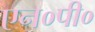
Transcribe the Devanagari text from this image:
एन०पी०